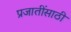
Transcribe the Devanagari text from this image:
प्रजातींसाठी